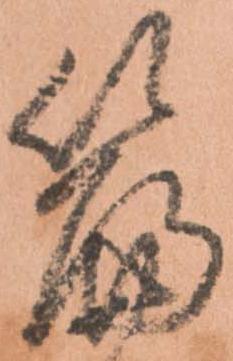
篇